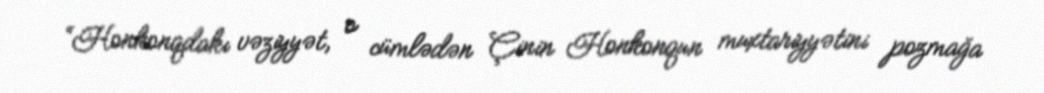
“Honkonqdakı vəziyyət, o cümlədən Çinin Honkonqun muxtariyyətini pozmağa